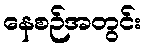
နေစဉ်အတွင်း